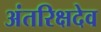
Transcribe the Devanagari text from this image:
अंतरिक्षदेव